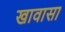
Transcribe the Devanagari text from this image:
खावासा